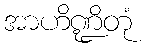
အာဟိဏ္ဍိတုံ